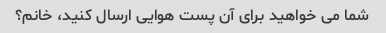
شما می خواهید برای آن پست هوایی ارسال کنید، خانم؟